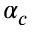
\alpha _ { c }